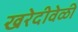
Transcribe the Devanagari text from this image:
खरेदीवेळी